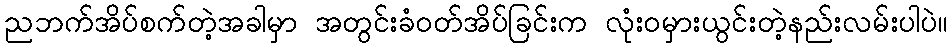
ညဘက်အိပ်စက်တဲ့အခါမှာ အတွင်းခံဝတ်အိပ်ခြင်းက လုံးဝမှားယွင်းတဲ့နည်းလမ်းပါပဲ။